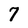
Character: 7